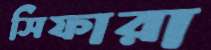
সিফারা